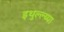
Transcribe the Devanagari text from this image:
इथुल्ल्य्या